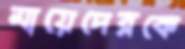
মায়েদেরকে